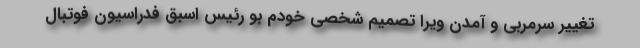
تغییر سرمربی و آمدن ویرا تصمیم شخصی خودم بو رئیس اسبق فدراسیون فوتبال